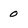
Character: 0